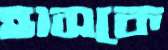
হাসকে